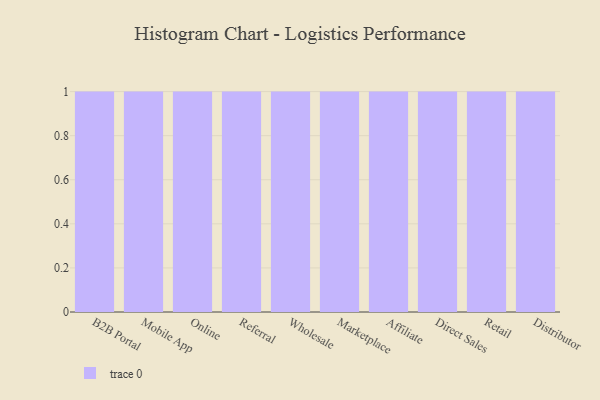
{"axis": {"x": "Channel", "y": "Gross Profit (USD K)"}, "legend": [""], "data": [{"x": "B2B Portal", "y": 22, "type": ""}, {"x": "Mobile App", "y": 38, "type": ""}, {"x": "Online", "y": 47, "type": ""}, {"x": "Referral", "y": 70, "type": ""}, {"x": "Wholesale", "y": 11, "type": ""}, {"x": "Marketplace", "y": 28, "type": ""}, {"x": "Affiliate", "y": 72, "type": ""}, {"x": "Direct Sales", "y": 14, "type": ""}, {"x": "Retail", "y": 70, "type": ""}, {"x": "Distributor", "y": 86, "type": ""}]}